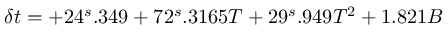
\delta t = + 2 4 ^ { s } . 3 4 9 + 7 2 ^ { s } . 3 1 6 5 T + 2 9 ^ { s } . 9 4 9 T ^ { 2 } + 1 . 8 2 1 B